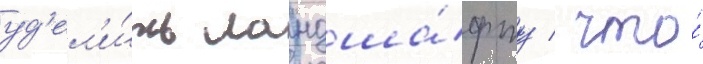
уд'ел'и́ть ландша́фту / что́